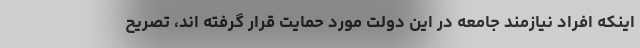
اینکه افراد نیازمند جامعه در این دولت مورد حمایت قرار گرفته اند، تصریح